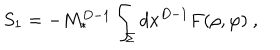
S _ { 1 } = - M _ { * } ^ { D - 1 } \int _ { \Sigma } d x ^ { D - 1 } F ( \rho , \varphi ) ~ ,